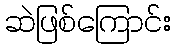
ဆဲဖြစ်ကြောင်း